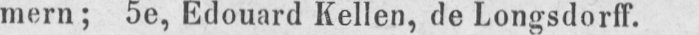
mern; 5e, Edouard Kellen, de Longsdorff.